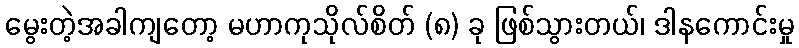
မွေးတဲ့အခါကျတော့ မဟာကုသိုလ်စိတ် (၈) ခု ဖြစ်သွားတယ်၊ ဒါနကောင်းမှု